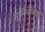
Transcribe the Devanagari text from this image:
भूमितीमधे